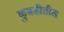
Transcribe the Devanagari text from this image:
कुबडीतील